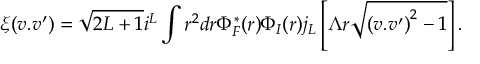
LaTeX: \xi ( v . v ^ { \prime } ) = \sqrt { 2 L + 1 } i ^ { L } \int r ^ { 2 } d r \Phi _ { F } ^ { * } ( r ) \Phi _ { I } ( r ) j _ { L } \left[ \Lambda r \sqrt { { ( v . v ^ { \prime } ) } ^ { 2 } - 1 } \right] .